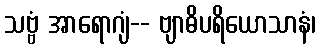
သဗ္ဗံ အာရောဂျံ-- ဗျာဓိပရိယောသာနံ၊